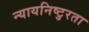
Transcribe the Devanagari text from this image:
न्यायनिष्टुरता